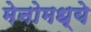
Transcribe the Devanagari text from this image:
मेनोमध्ये